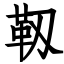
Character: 靱